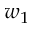
w _ { 1 }